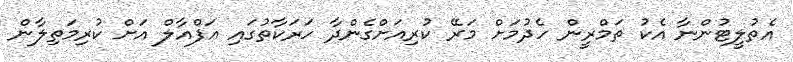
އެތުލީޓުންނާ އެކު ތަމްރީން ހެދުމަށް މަރޭ ކުރިއަށްގެންދާ ހަރަކާތުގައި އަފްއާލް އަށް ކުރިމަތިލާން